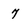
Character: 7